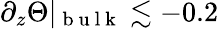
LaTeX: \partial_{z}\Theta\vert_{\mathrm{~b~u~l~k~}}\lesssim-0.2